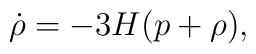
\dot\rho = - 3 H (p + \rho),